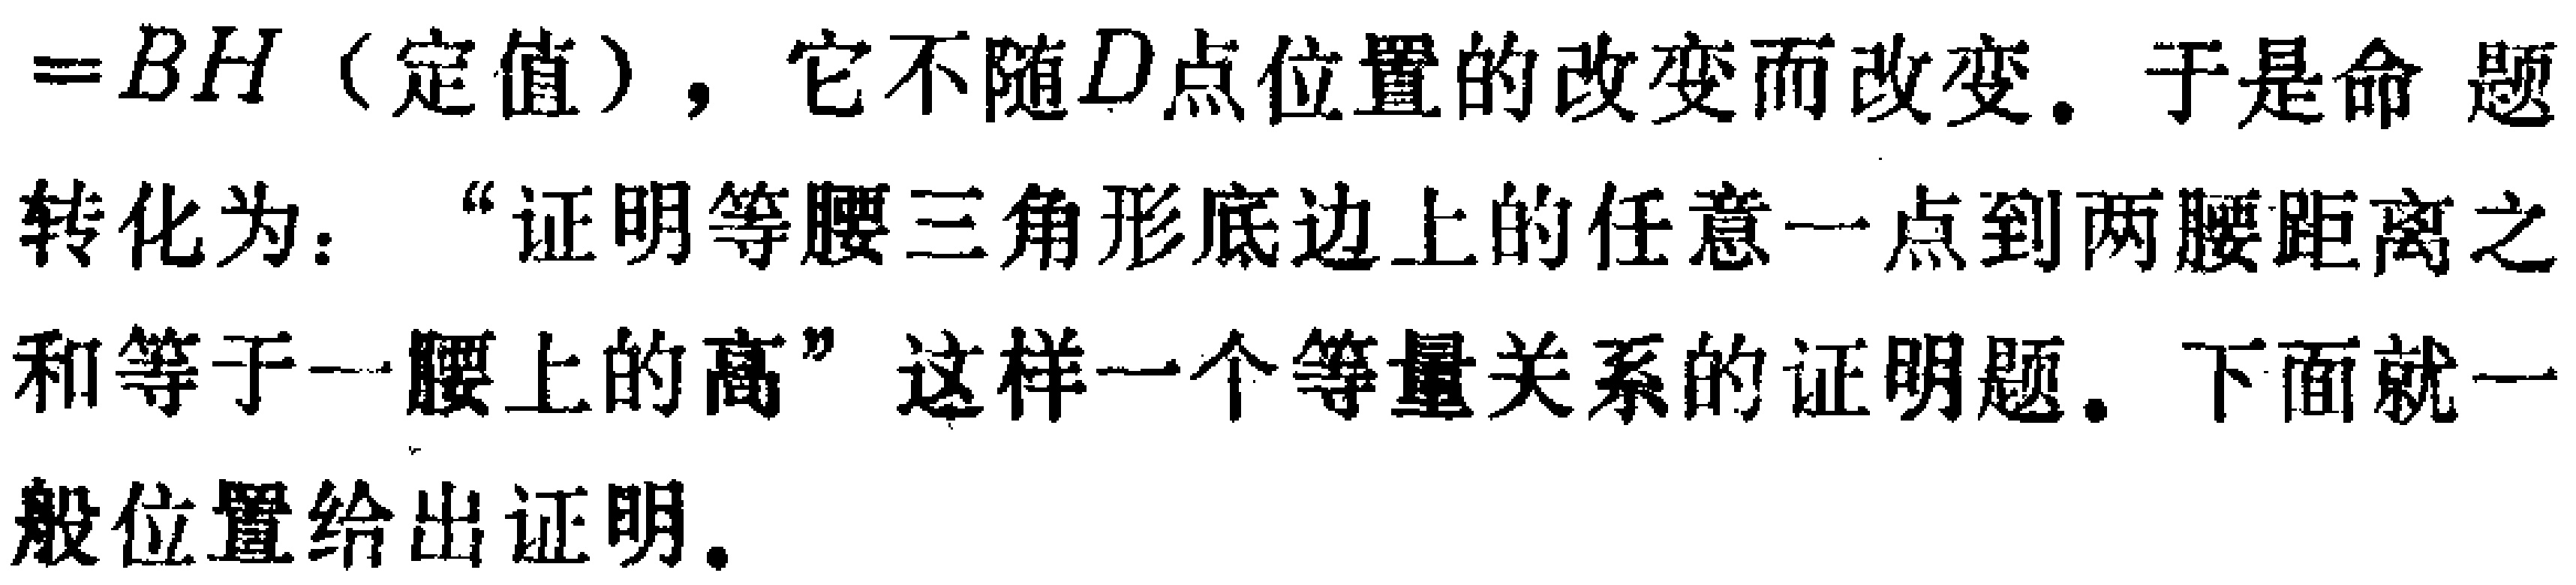
$=BH$（定值），它不随$D$点位置的改变而改变。于是命题
转化为：“证明等腰三角形底边上的任意一点到两腰距离之
和等于一腰上的高”这样一个等量关系的证明题。下面就一
般位置给出证明。